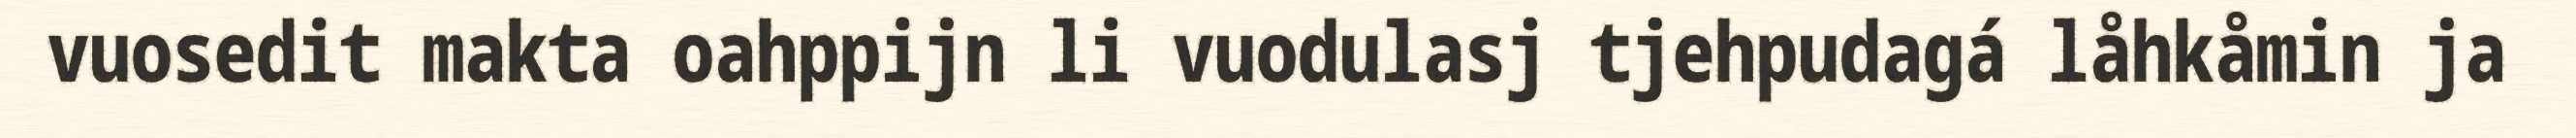
vuosedit makta oahppijn li vuodulasj tjehpudagá låhkåmin ja